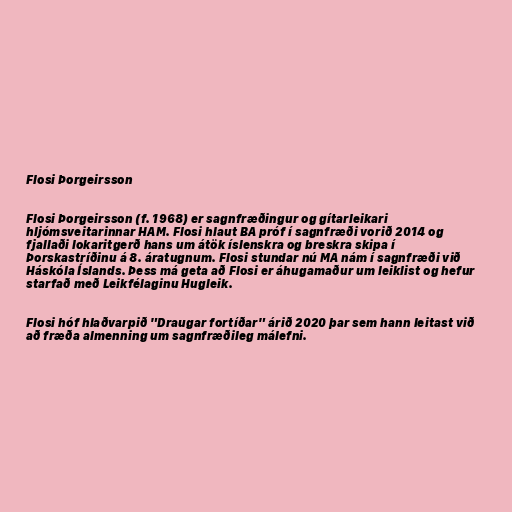
Flosi Þorgeirsson

Flosi Þorgeirsson (f. 1968) er sagnfræðingur og gítarleikari
hljómsveitarinnar HAM. Flosi hlaut BA próf í sagnfræði vorið 2014 og
fjallaði lokaritgerð hans um átök íslenskra og breskra skipa í
Þorskastríðinu á 8. áratugnum. Flosi stundar nú MA nám í sagnfræði við
Háskóla Íslands. Þess má geta að Flosi er áhugamaður um leiklist og hefur
starfað með Leikfélaginu Hugleik.

Flosi hóf hlaðvarpið "Draugar fortíðar" árið 2020 þar sem hann leitast við
að fræða almenning um sagnfræðileg málefni.